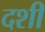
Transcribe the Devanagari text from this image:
दशी